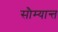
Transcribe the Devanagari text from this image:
सौम्यान्त